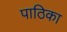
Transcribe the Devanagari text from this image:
पाठिका